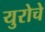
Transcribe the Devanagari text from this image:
युरोचे